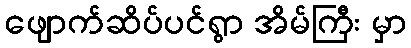
ဖျောက်ဆိပ်ပင်ရွာ အိမ်ကြီး မှာ